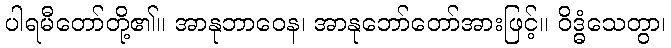
ပါရမီတော်တို့၏။ အာနုဘာဝေန၊ အာနုဘော်တော်အားဖြင့်။ ဝိဒ္ဓံသေတွာ၊